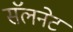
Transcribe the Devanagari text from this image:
सॅलनेट